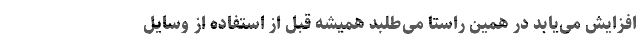
افزایش می‌یابد در همین راستا می‌طلبد همیشه قبل از استفاده از وسایل